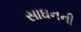
સાઘનની